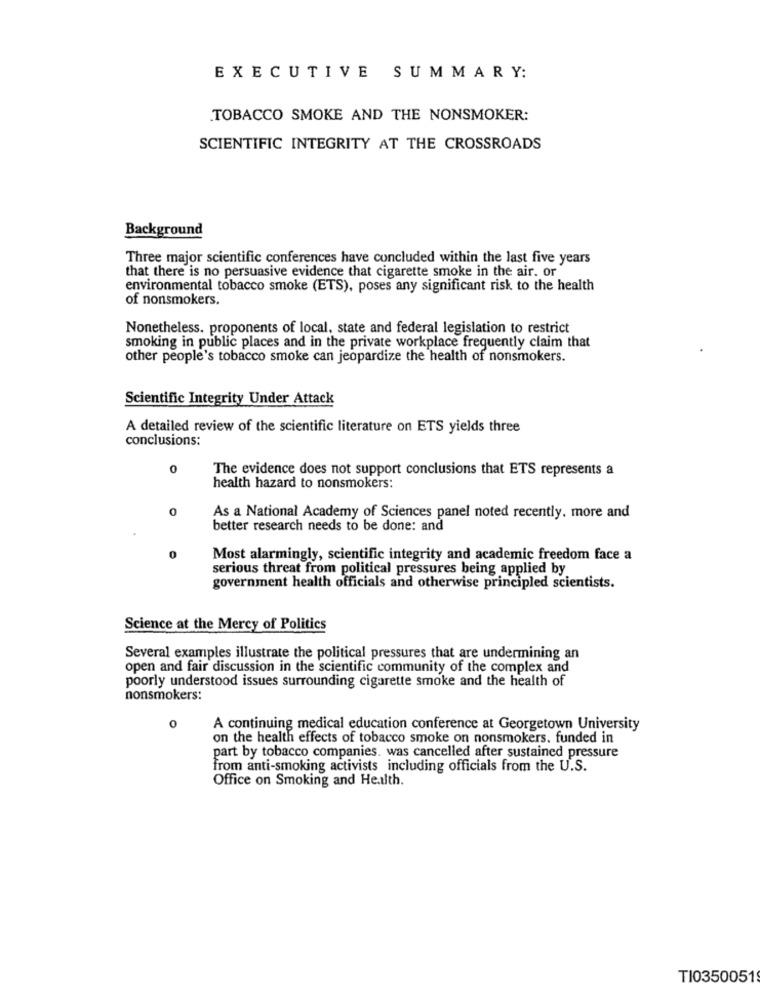
EXECUTIVE SUMMARY:
TOBACCO SMOKE AND THE NONSMOKER:
SCIENTIFIC INTEGRITY AT THE CROSSROADS
Background
Three major scientific conferences have concluded within the last five years
that there is no persuasive evidence that cigarette smoke in the air. or
environmental tobacco smoke (ETS), poses any significant risk to the health
of nonsmokers.
Nonetheless. proponents of local, state and federal legislation to restrict
smoking in public places and in the private workplace frequently claim that
other people's tobacco smoke can jeopardize the health of nonsmokers.
Scientific Integrity Under Attack
A detailed review of the scientific literature on ETS yields three
conclusions:
0
The evidence does not support conclusions that ETS represents a
health hazard to nonsmokers:
0
As a National Academy of Sciences panel noted recently. more and
better research needs to be done: and
0
Most alarmingly, scientific integrity and academic freedom face a
serious threat from political pressures being applied by
government health officials and otherwise principled scientists.
Science at the Mercy of Politics
Several examples illustrate the political pressures that are undermining an
open and fair discussion in the scientific community of the complex and
poorly understood issues surrounding cigarette smoke and the health of
nonsmokers:
0
A continuing medical education conference at Georgetown University
on the health effects of tobacco smoke on nonsmokers. funded in
part by tobacco companies. was cancelled after sustained pressure
from anti-smoking activists including officials from the U.S.
Office on Smoking and Health.
TI0350051